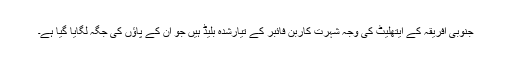
جنوبی افریقہ کے ایتھلیٹ کی وجہ شہرت کاربن فائبر کے تیارشدہ بلیڈ ہیں جو اُن کے پاؤں کی جگہ لگایا گیا ہے۔